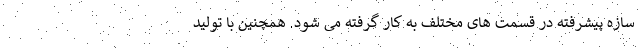
سازه پیشرفته در قسمت های مختلف به کار گرفته می شود. همچنین با تولید